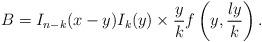
LaTeX: \begin{align*}B=I_{n-k}(x-y)I_k(y)\times\frac{y}{k}f\left(y,\frac{ly}{k}\right).\end{align*}